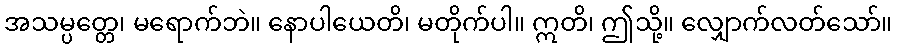
အသမ္ပတ္တေ၊ မရောက်ဘဲ။ နောပါယေတိ၊ မတိုက်ပါ။ ဣတိ၊ ဤသို့။ လျှောက်လတ်သော်။